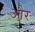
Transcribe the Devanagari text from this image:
और